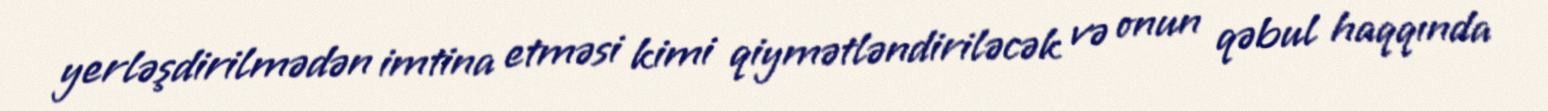
yerləşdirilmədən imtina etməsi kimi qiymətləndiriləcək və onun qəbul haqqında